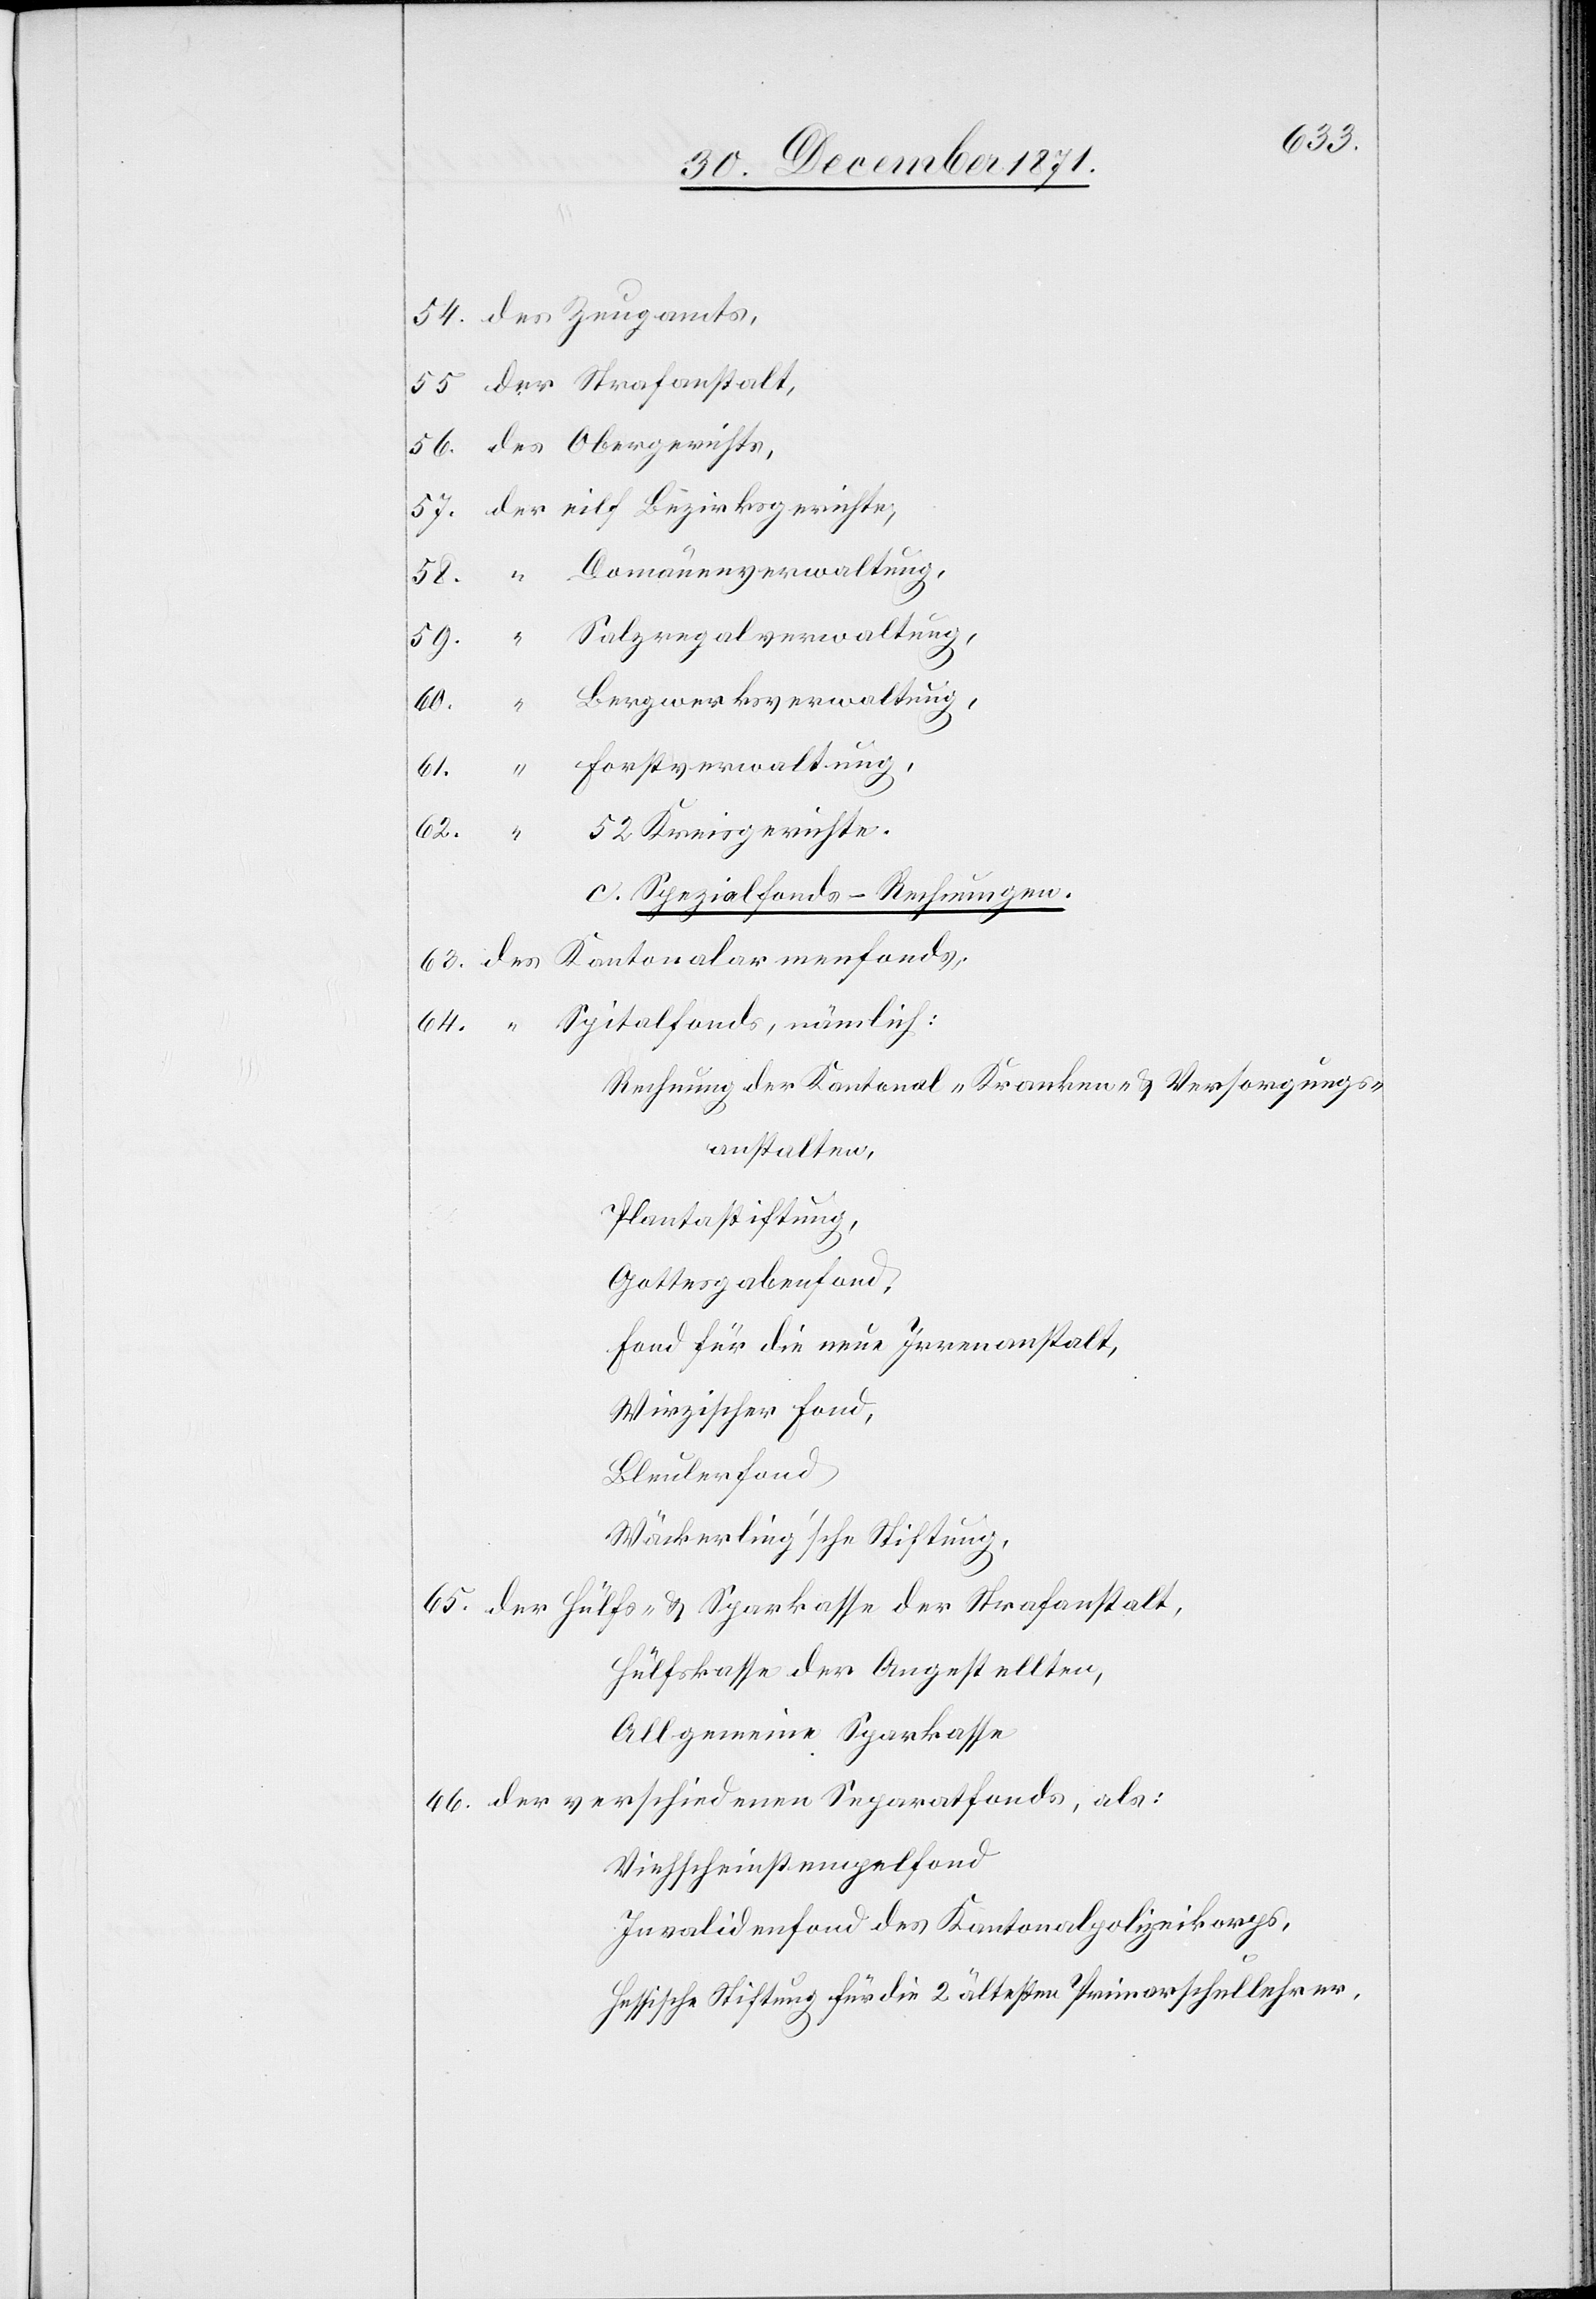
54. des Zeugamts,
55. der Strafanstalt,
56. des Obergerichts,
57. der eilf Bezirksgerichte,
58. “ Domänenverwaltung,
59. “ Salzregalverwaltung,
Bergwerksverwaltung,
61.
62.
Forstverwaltung,
52 Kreisgerichte.
c. Spezialfonds-Rechnungen.
63. des Kantonalarmenfonds,
64. “ Spitalfonds, nämlich:
Rechnung der Kantonal- Kranken & Versorgungs¬
anstalten,
Plantastiftung,
Gottesgabenfond,
Fond für die neue Irrenanstalt,
Wirzischer Fond,
Bleulerfond
Wäckerling’sche Stiftung,
65. der Hülfs- & Sparkasse der Strafanstalt,
Hülfskasse der Angestellten,
Allgemeine Sparkasse
66. der verschiedenen Separatfonds, als:
Viehscheinstempelfond
Invalidenfond des Kantonalpolizeikorps,
Hessische Stiftung für die 2 ältesten Primarschullehrer,